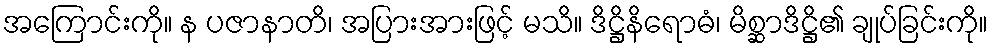
အကြောင်းကို။ န ပဇာနာတိ၊ အပြားအားဖြင့် မသိ။ ဒိဋ္ဌိနိရောဓံ၊ မိစ္ဆာဒိဋ္ဌိ၏ ချုပ်ခြင်းကို။